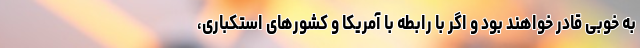
به خوبی قادر خواهند بود و اگر با رابطه با آمریکا و کشورهای استکباری،